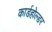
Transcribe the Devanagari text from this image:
कार्डहोल्डर